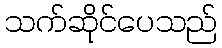
သက်ဆိုင်ပေသည်